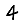
Digit: 4